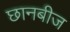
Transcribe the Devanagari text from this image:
छानबीज